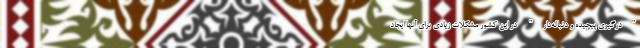
"درگیری پیچیده و دنباله‌دار" در این کشور مشکلات زیادی برای آنها ایجاد